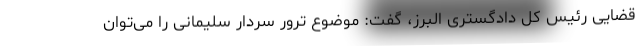
قضایی رئیس کل دادگستری البرز، گفت: موضوع ترور سردار سلیمانی را می‌توان